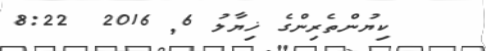
ކިޔުންތެރިންގެ ޚިޔާލު 6